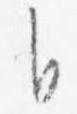
自